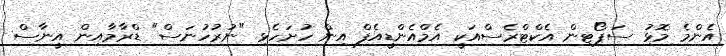
އެންމެ މޮޅިު ސަޕޯޓިން އެކްޓްރެސްއަކީ އެމްއެންޑީއެފް އިން ހުށަހެޅި "ނުރުހުނަސް" ޑްރާމާއިން އީނާސް